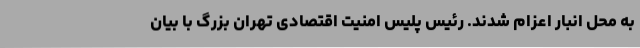
به محل انبار اعزام شدند. رئیس پلیس امنیت اقتصادی تهران بزرگ با بیان